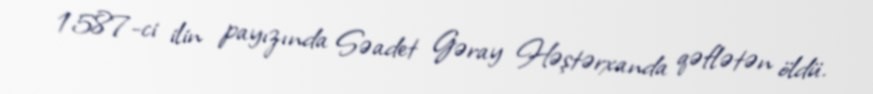
1587-ci ilin payızında Səadet Gəray Həştərxanda qəflətən öldü.